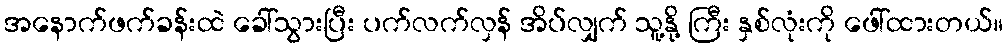
အနောက်ဖက်ခန်းထဲ ခေါ်သွားပြီး ပက်လက်လှန် အိပ်လျှက် သူ့နို့ ကြီး နှစ်လုံးကို ဖေါ်ထားတယ်။